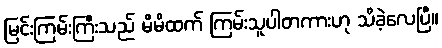
မြင်းကြမ်းကြီးသည် မိမိထက် ကြမ်းသူပါတကားဟု သိခဲ့လေပြီ။